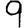
Digit: 9